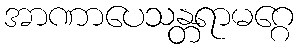
အာဏာပေသန္တရာမဂ္ဂေ